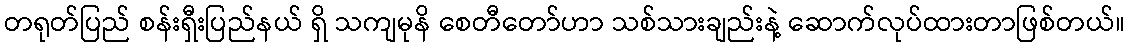
တရုတ်ပြည် စန်းရှီးပြည်နယ် ရှိ သကျမုနိ စေတီတော်ဟာ သစ်သားချည်းနဲ့ ဆောက်လုပ်ထားတာဖြစ်တယ်။